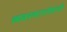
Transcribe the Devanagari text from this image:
व्यवस्थापनेवरही